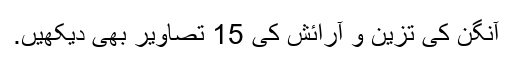
آنگن کی تزین و آرائش کی 15 تصاویر بھی دیکھیں.